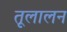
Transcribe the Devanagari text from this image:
तूलालन